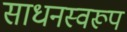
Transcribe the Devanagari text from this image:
साधनस्वरूप